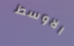
الاوسط